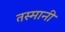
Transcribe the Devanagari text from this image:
तस्मानी